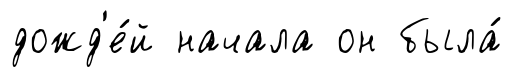
дожд'е́й начала он была́